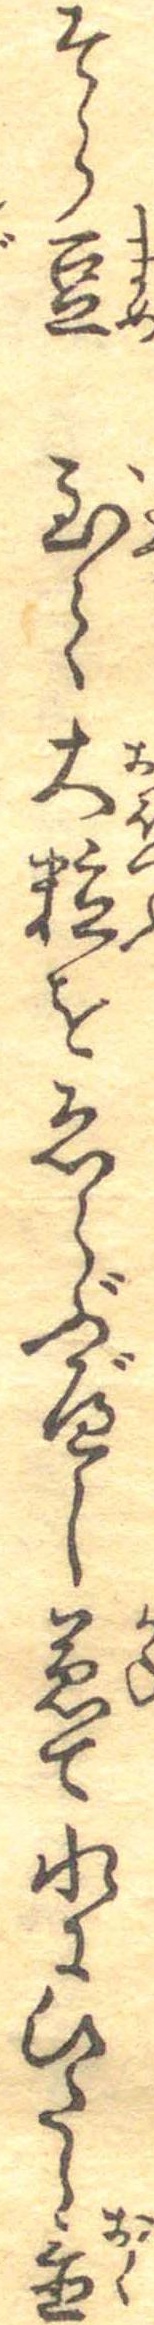
そら豆至て大粒をゑらぶべし兼て水にひたし置